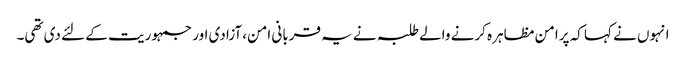
انہوں نے کہا کہ پرامن مظاہرہ کرنے والے طلبہ نے یہ قربانی امن، آزادی اور جمہوریت کے لئے دی تھی۔